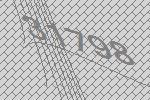
31798